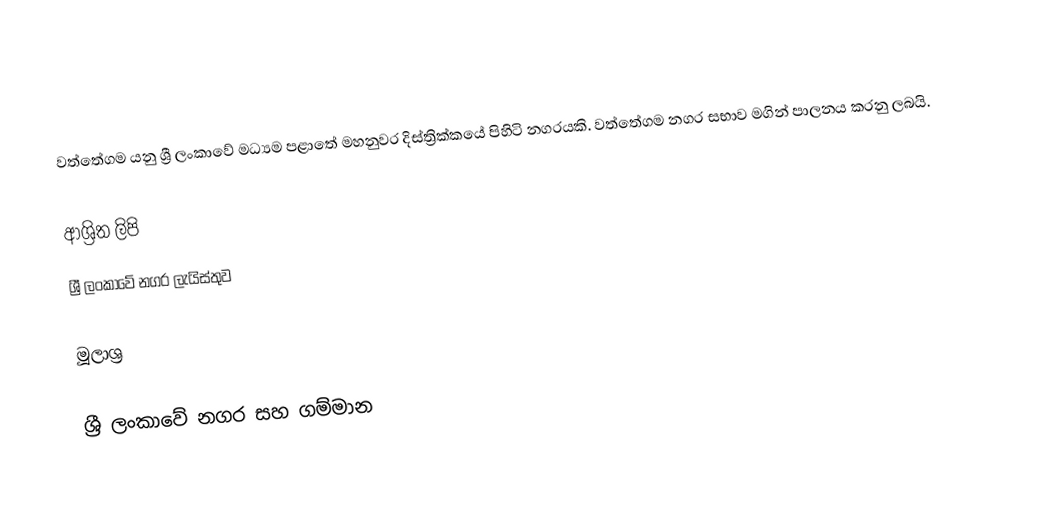
වත්තේගම යනු ශ්‍රී ලංකාවේ මධ්‍යම පළාතේ මහනුවර දිස්ත්‍රික්කයේ පිහිටි නගරයකි. වත්තේගම නගර සභාව මගින් පාලනය කරනු ලබයි.

ආශ්‍රිත ලිපි
 ශ්‍රී ලංකාවේ නගර ලැයිස්තුව

මූලාශ්‍ර

ශ්‍රී ලංකාවේ නගර සහ ගම්මාන